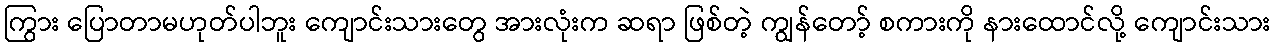
ကြွား ပြောတာမဟုတ်ပါဘူး ကျောင်းသားတွေ အားလုံးက ဆရာ ဖြစ်တဲ့ ကျွန်တော့် စကားကို နားထောင်လို့ ကျောင်းသား